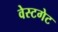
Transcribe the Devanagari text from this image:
वेस्टगेट